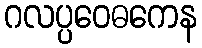
ဂလပ္ပဝေဓကေန